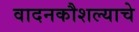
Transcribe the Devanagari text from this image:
वादनकौशल्याचे